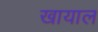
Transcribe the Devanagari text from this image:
खायाल